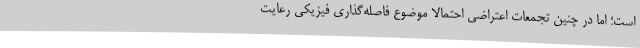
است؛ اما در چنین تجمعات اعتراضی احتمالا موضوع فاصله‌گذاری فیزیکی رعایت